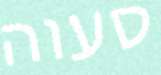
סעוה